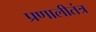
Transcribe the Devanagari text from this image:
प्रणालीतंत्र